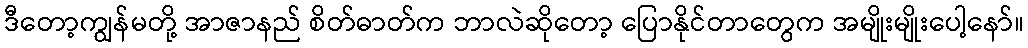
ဒီတော့ကျွန်မတို့ အာဇာနည် စိတ်ဓာတ်က ဘာလဲဆိုတော့ ပြောနိုင်တာတွေက အမျိုးမျိုးပေါ့နော်။